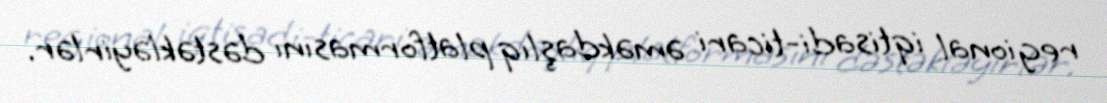
regional iqtisadi-ticari əməkdaşlıq platformasını dəstəkləyirlər.